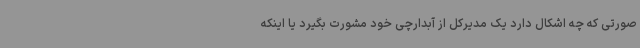
صورتی که چه اشکال دارد یک مدیرکل از آبدارچی خود مشورت بگیرد یا اینکه